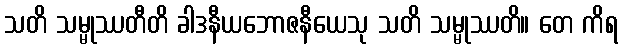
သတိ သမ္မုဿတီတိ ခါဒနီယဘောဇနီယေသု သတိ သမ္မုဿတိ။ တေ ကိရ